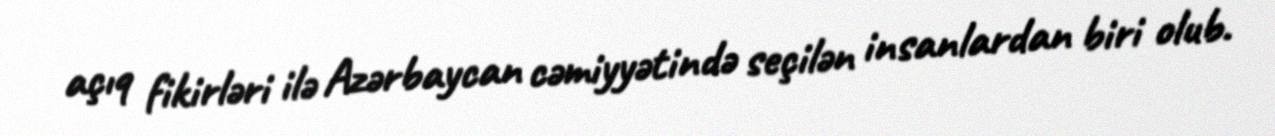
açıq fikirləri ilə Azərbaycan cəmiyyətində seçilən insanlardan biri olub.